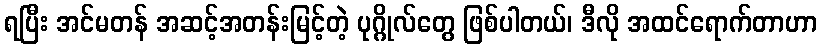
ရပြီး အင်မတန် အဆင့်အတန်းမြင့်တဲ့ ပုဂ္ဂိုလ်တွေ ဖြစ်ပါတယ်၊ ဒီလို အထင်ရောက်တာဟာ